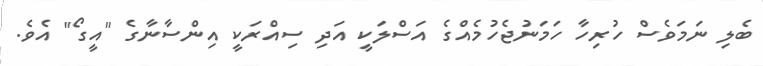
ބެލި ނަމަވެސް ހުރިހާ ހަމަނުޖެހުމެއްގެ އަސްލަކީ އަދި ސިއްރަކީ އިންސާނާގެ "އީގޯ" އެވެ.